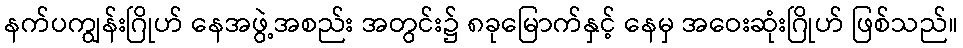
နက်ပကျွန်းဂြိုဟ် နေအဖွဲ့အစည်း အတွင်း၌ ၈ခုမြောက်နှင့် နေမှ အဝေးဆုံးဂြိုဟ် ဖြစ်သည်။